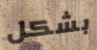
بشكل